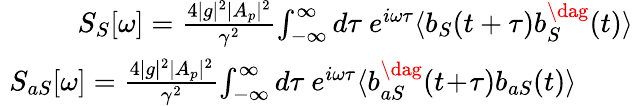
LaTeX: \begin{array}{rlr}&{}&{\! \! \! \! \! \! \! \! \! \! S_{S}[\omega]=\frac{4|g|^{2}|A_{p}|^{2}}{\gamma^{2}}\! \int_{-\infty}^{\infty}d\tau\ e^{i\omega\tau}\langle b_{S}(t+\tau)b_{S}^{\dag}(t)\rangle}\\ &{}&{\! \! \! \! \! \! \! \! \! \! S_{aS}[\omega]=\frac{4|g|^{2}|A_{p}|^{2}}{\gamma^{2}}\! \int_{-\infty}^{\infty}d\tau\ e^{i\omega\tau}\langle b_{aS}^{\dag}(t\! +\! \tau)b_{aS}(t)\rangle\quad\quad}\end{array}